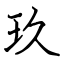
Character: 玖